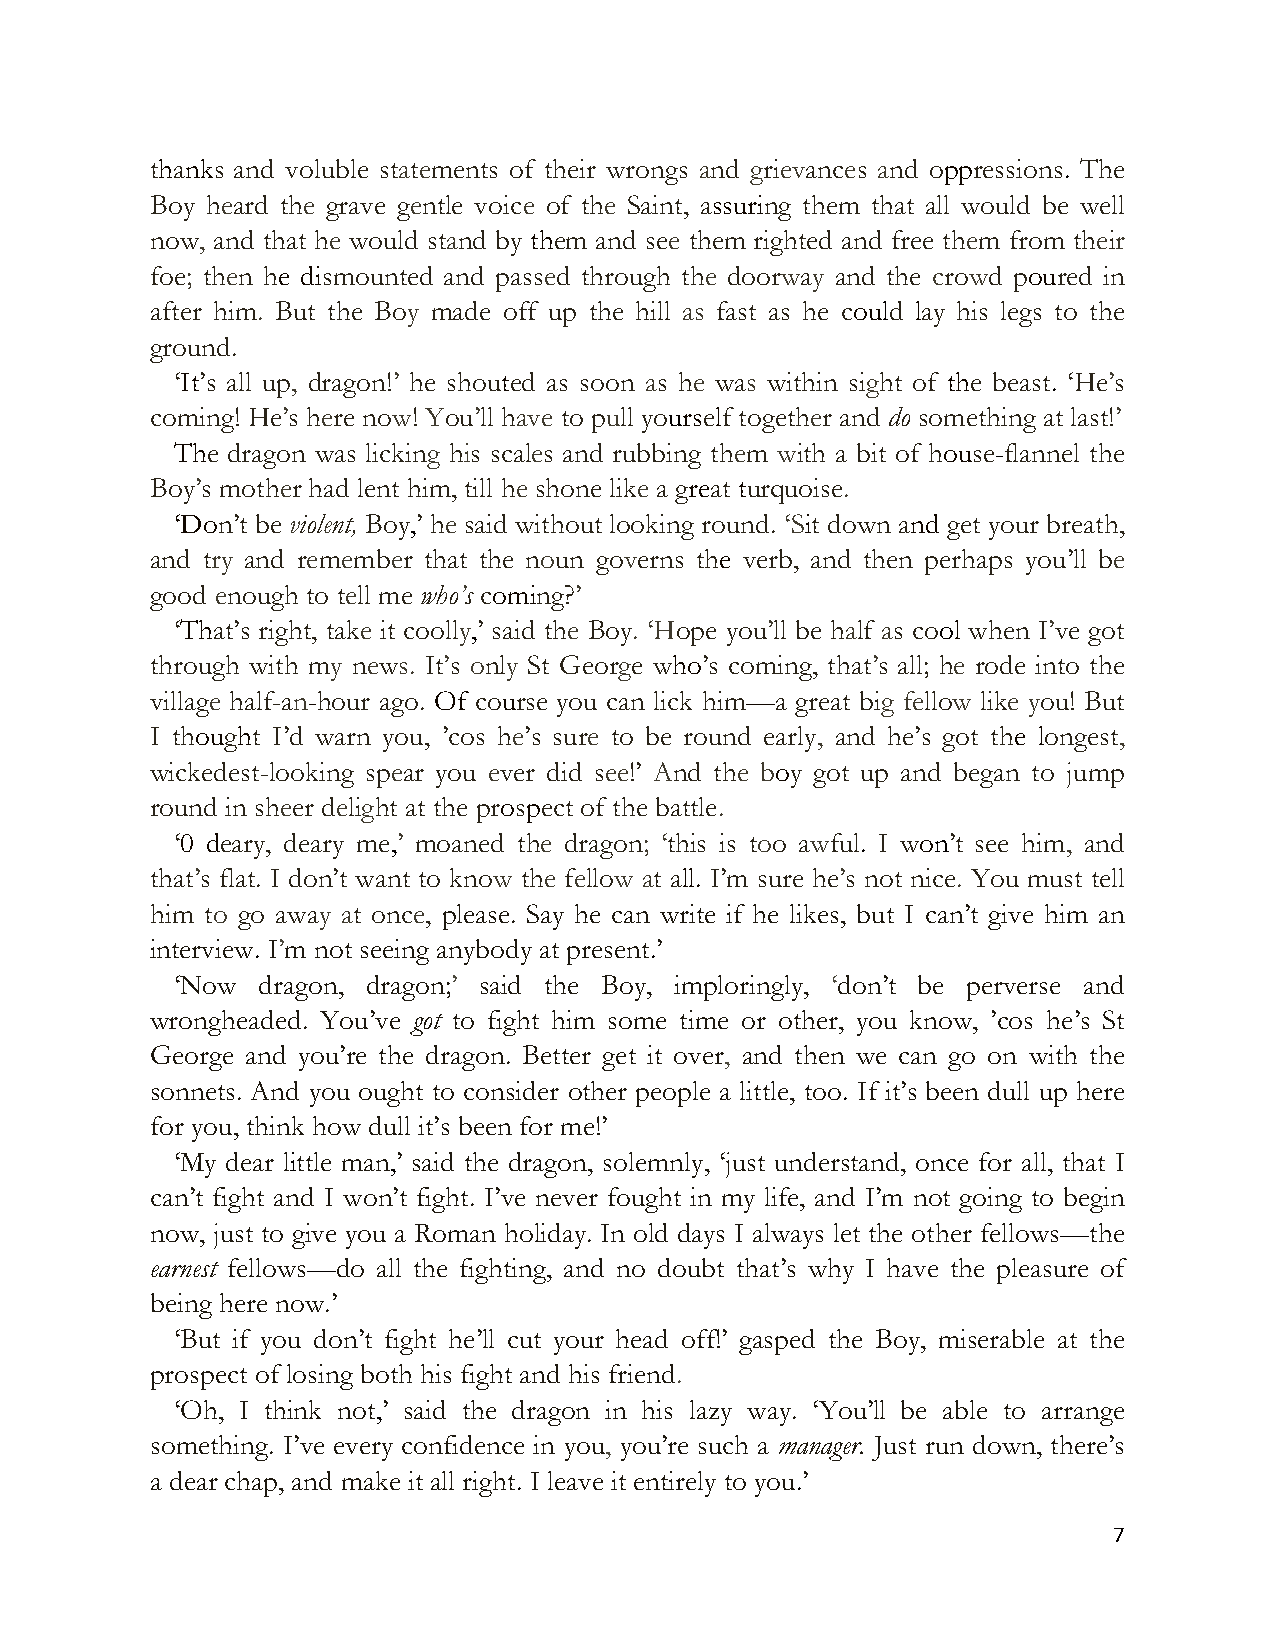
thanks and voluble statements of their wrongs and grievances and oppressions. The
 Boy heard the grave gentle voice of the Saint, assuring them that all would be well
 now, and that he would stand by them and see them righted and free them from their
 foe; then he dismounted and passed through the doorway and the crowd poured in
 after him. But the Boy made off up the hill as fast as he could lay his legs to the
 ground.
 ‘It’s all up, dragon!’ he shouted as soon as he was within sight of the beast. ‘He’s
 coming! He’s here now! You’ll have to pull yourself together and do something at last!’
 The dragon was licking his scales and rubbing them with a bit of house-flannel the
 Boy’s mother had lent him, till he shone like a great turquoise.
 ‘Don’t be violent, Boy,’ he said without looking round. ‘Sit down and get your breath,
 and try and remember that the noun governs the verb, and then perhaps you’ll be
 good enough to tell me who’s coming?’
 ‘That’s right, take it coolly,’ said the Boy. ‘Hope you’ll be half as cool when I’ve got
 through with my news. It’s only St George who’s coming, that’s all; he rode into the
 village half-an-hour ago. Of course you can lick him—a great big fellow like you! But
 I thought I’d warn you, ’cos he’s sure to be round early, and he’s got the longest,
 wickedest-looking spear you ever did see!’ And the boy got up and began to jump
 round in sheer delight at the prospect of the battle.
 ‘0 deary, deary me,’ moaned the dragon; ‘this is too awful. I won’t see him, and
 that’s flat. I don’t want to know the fellow at all. I’m sure he’s not nice. You must tell
 him to go away at once, please. Say he can write if he likes, but I can’t give him an
 interview. I’m not seeing anybody at present.’
 ‘Now dragon, dragon;’ said the Boy, imploringly, ‘don’t be perverse and
 wrongheaded. You’ve got to fight him some time or other, you know, ’cos he’s St
 George and you’re the dragon. Better get it over, and then we can go on with the
 sonnets. And you ought to consider other people a little, too. If it’s been dull up here
 for you, think how dull it’s been for me!’
 ‘My dear little man,’ said the dragon, solemnly, ‘just understand, once for all, that I
 can’t fight and I won’t fight. I’ve never fought in my life, and I’m not going to begin
 now, just to give you a Roman holiday. In old days I always let the other fellows—the
 earnest fellows—do all the fighting, and no doubt that’s why I have the pleasure of
 being here now.’
 ‘But if you don’t fight he’ll cut your head off!’ gasped the Boy, miserable at the
 prospect of losing both his fight and his friend.
 ‘Oh, I think not,’ said the dragon in his lazy way. ‘You’ll be able to arrange
 something. I’ve every confidence in you, you’re such a manager. Just run down, there’s
 a dear chap, and make it all right. I leave it entirely to you.’
 ("
 "